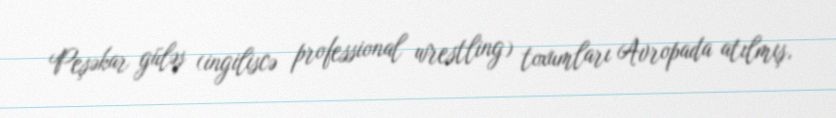
Peşəkar güləş (ingiliscə professional wrestling) toxumları Avropada atılmış,